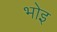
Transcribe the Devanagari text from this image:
भोइ